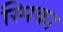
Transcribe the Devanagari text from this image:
स्पिका